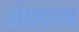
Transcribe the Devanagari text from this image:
ओएएम